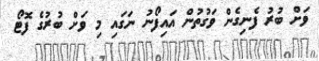
ވަށް ބުރު ފެނިގެން ވަގުތުން އައިފޯނު ނަގައި މި ވަށް ބުރުގެ ފޮޓޯ